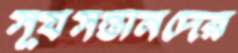
সূর্যসন্তানদের